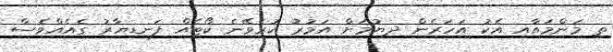
ތި މަންމައާއި އެކު އަހަރެން ދިޔުމަށް އަމުރު ކުރެވޭނެ ކޯޓެއް ފަނޑިޔާރު ގެއެއްވެސް